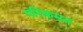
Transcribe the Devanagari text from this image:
परिक्रमन